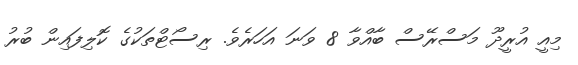
މިއީ އުރީދޫ މަސްރޭސް ބާއްވާ 8 ވަނަ އަހަރެވެ. ރިސޯޓްތަކުގެ ކޮލިފައިން ބުރު